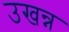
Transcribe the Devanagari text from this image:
उखन्न